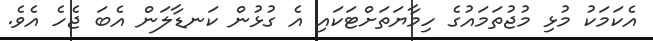
އެކަމަކު މުޅި މުޖުތަމައުގެ ހިމާޔަތަށްޓަކައި އެ ގުޅުން ކަނޑާލަން އެބަ ޖެހެ އެވެ.